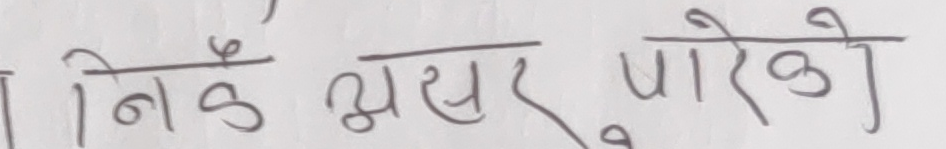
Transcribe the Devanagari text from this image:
निउँ अक्षर पारेको